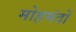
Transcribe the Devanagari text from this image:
मोहमंदों